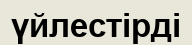
үйлестірді